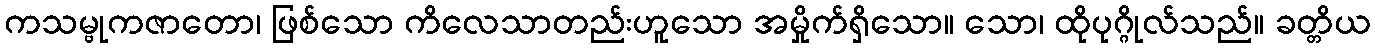
ကသမ္ဗုကဇာတော၊ ဖြစ်သော ကိလေသာတည်းဟူသော အမှိုက်ရှိသော။ သော၊ ထိုပုဂ္ဂိုလ်သည်။ ခတ္တိယ